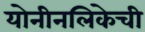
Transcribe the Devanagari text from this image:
योनीनलिकेची